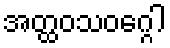
အတ္ထဝသဝဂ္ဂေါ